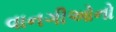
વાનગીઓનો